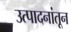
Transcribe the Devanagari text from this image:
उत्पादनांतून